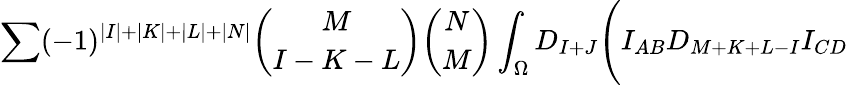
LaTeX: \sum(-1)^{\vert I\vert+\vert K\vert+\vert L\vert+\vert N\vert}{\binom{M}{I-K-L}}{\binom{N}{M}}\int_{\Omega}D_{I+J}\Biggl(I_{AB}D_{M+K+L-I}I_{CD}